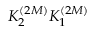
K _ { 2 } ^ { ( 2 M ) } K _ { 1 } ^ { ( 2 M ) }